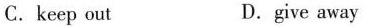
C. keep out D.give away